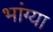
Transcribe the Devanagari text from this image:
भांग्या